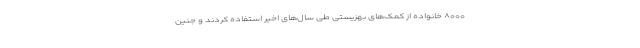
۸۰۰۰ خانواده از کمک‌های بهزیستی طی سال‌های اخیر استفاده کردند و جنین